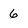
Character: 6